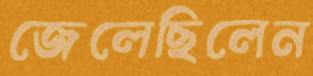
জেলেছিলেন